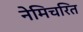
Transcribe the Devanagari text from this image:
नेमिचरित